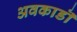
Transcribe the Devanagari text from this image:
अवकाडॊ